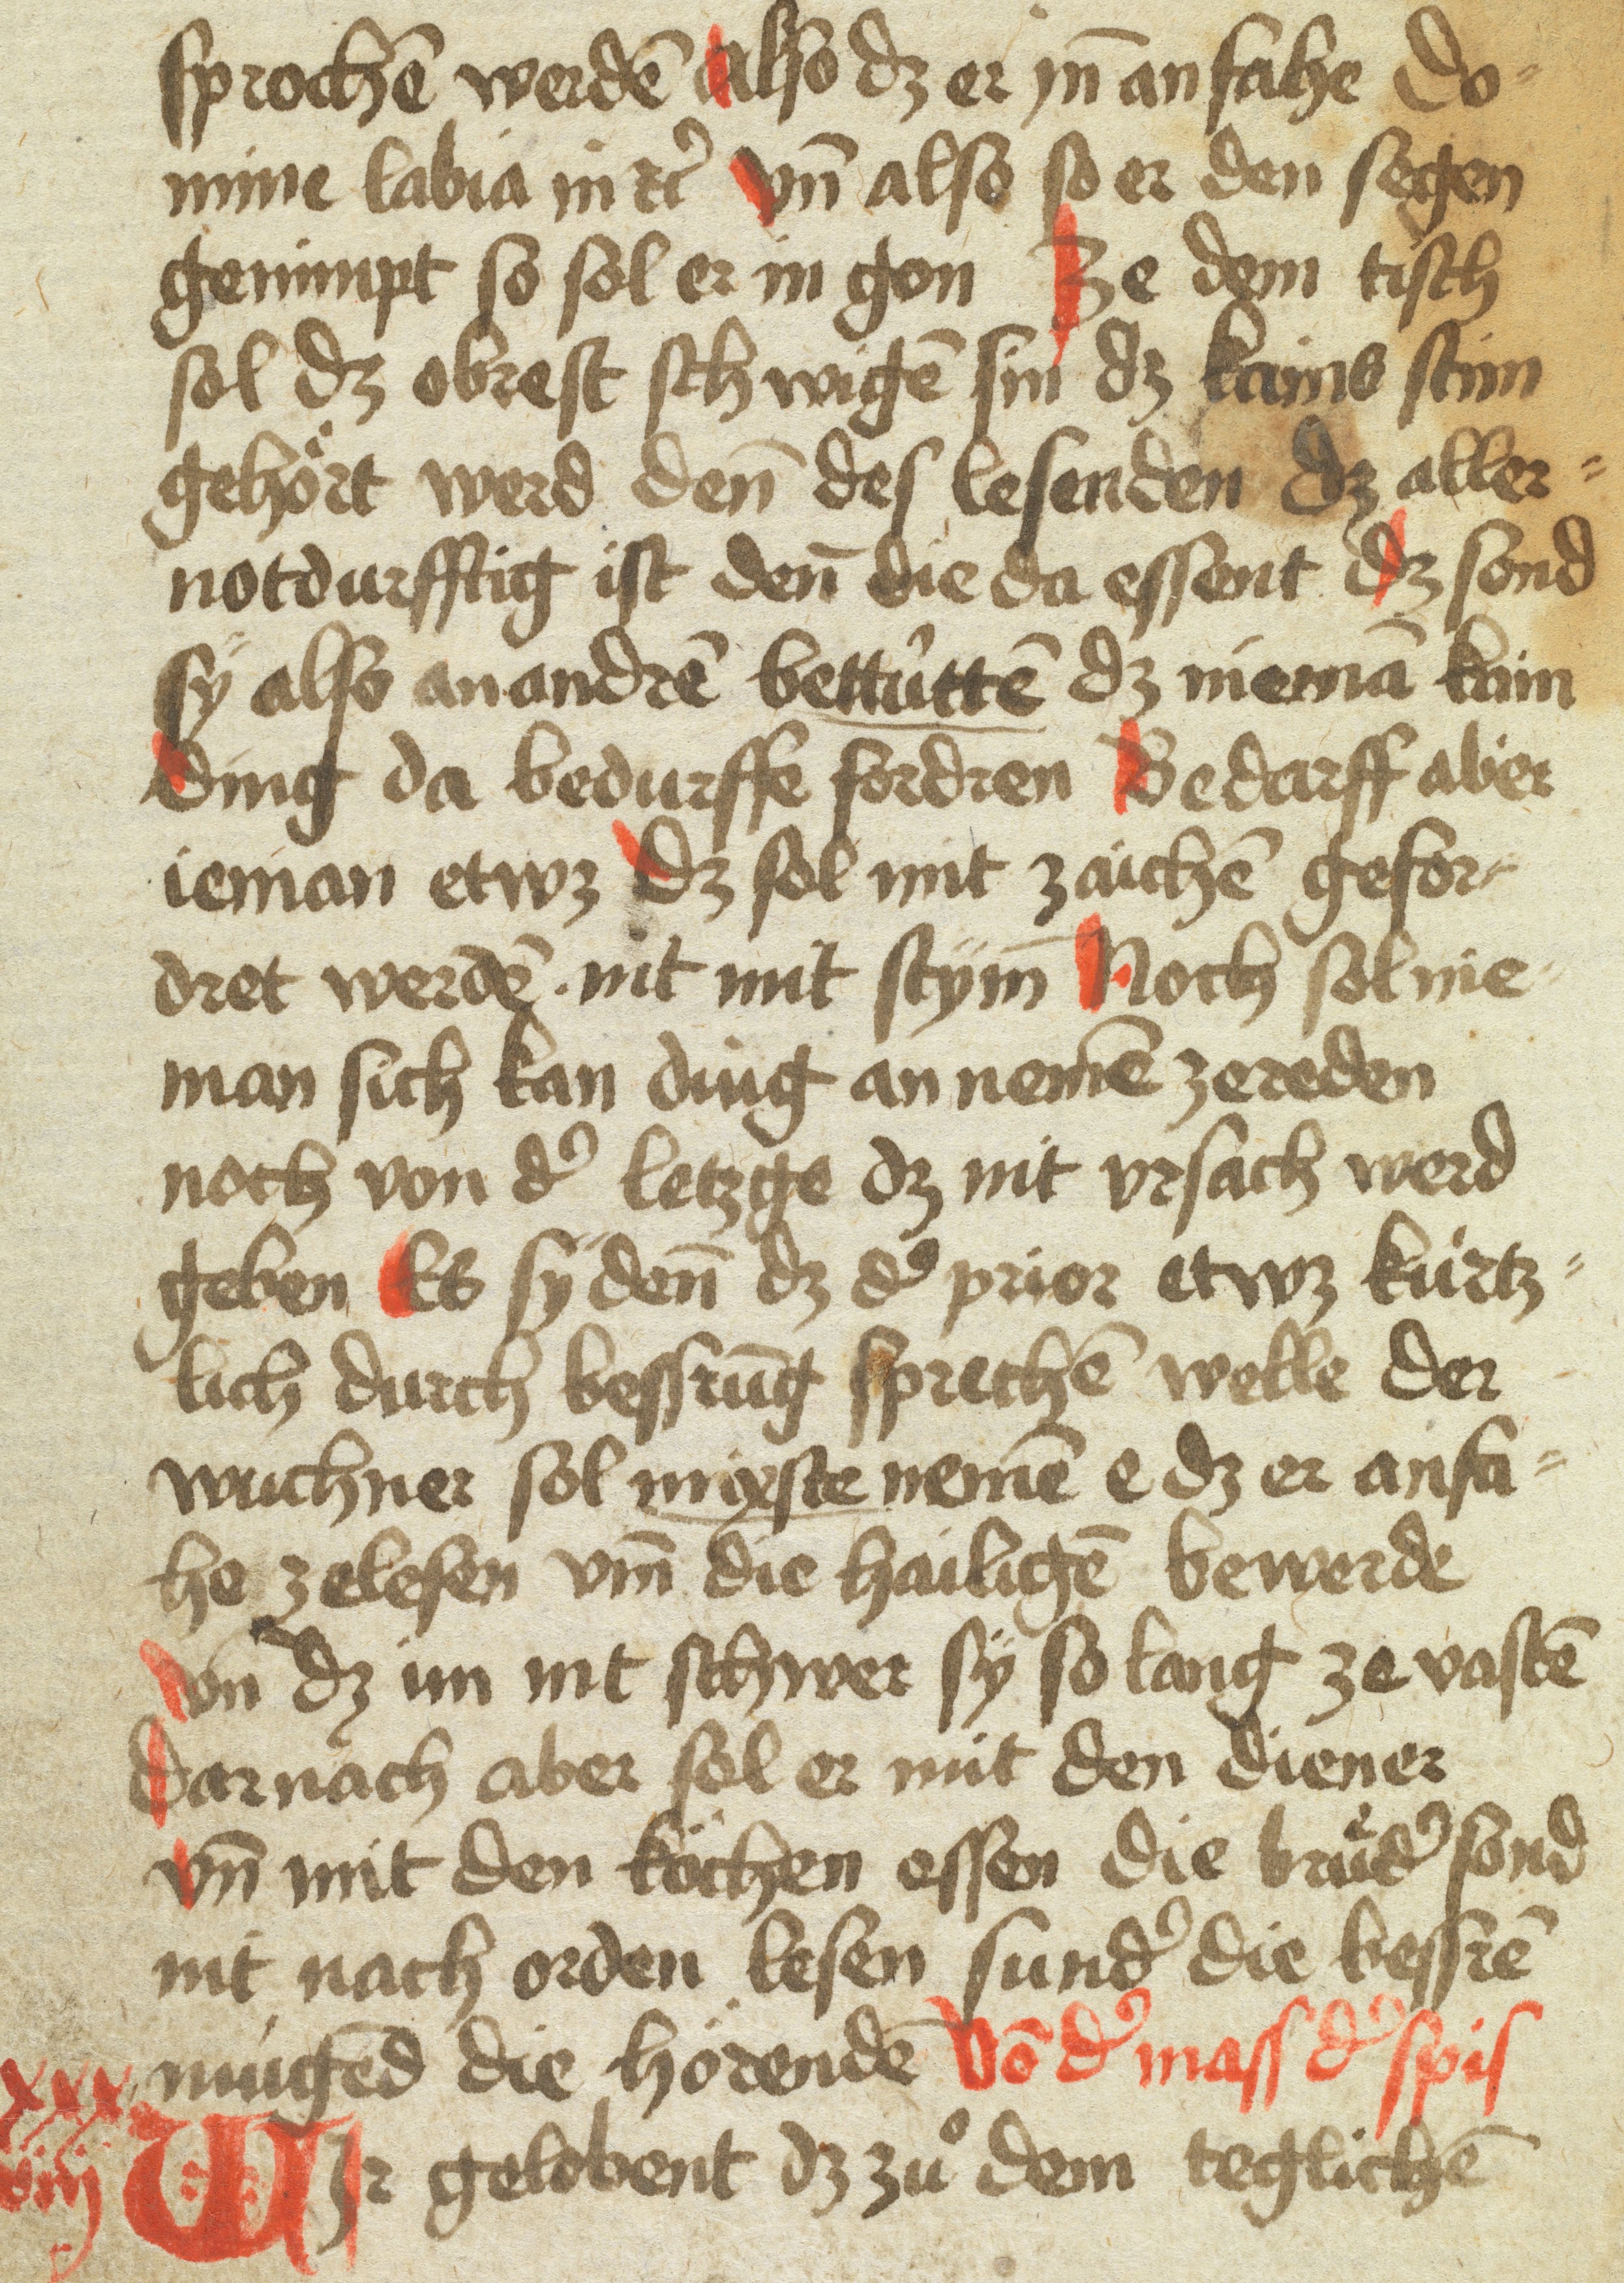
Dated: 1400–1599